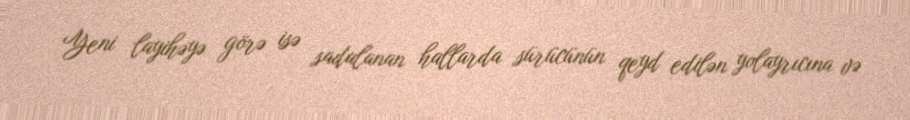
Yeni layihəyə görə isə sadalanan hallarda sürücünün qeyd edilən yolayrıcına və